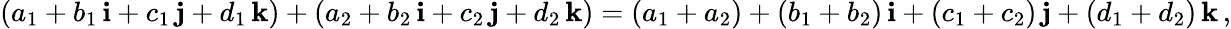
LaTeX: (a_{1}+b_{1}\, \mathbf{i}+c_{1}\, \mathbf{j}+d_{1}\, \mathbf{k})+(a_{2}+b_{2}\, \mathbf{i}+c_{2}\, \mathbf{j}+d_{2}\, \mathbf{k})=(a_{1}+a_{2})+(b_{1}+b_{2})\, \mathbf{i}+(c_{1}+c_{2})\, \mathbf{j}+(d_{1}+d_{2})\, \mathbf{k}\, ,